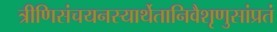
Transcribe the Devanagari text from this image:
त्रीणिसंचयनस्यार्थेतानिवैशृणुसांप्रतं